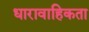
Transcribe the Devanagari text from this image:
धारावाहिकता